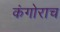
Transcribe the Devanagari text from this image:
कंगोराच